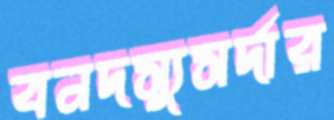
বনদস্যুসর্দার